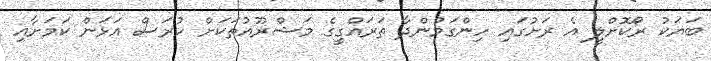
ބަޔަކު ރޯކޮށްލީ އެ ރަށުގައި ހިންގަމުންދާ ތަރައްގީގެ މަޝްރޫއުތަކަށް ހުރަސް އަޅަން ކަމަށާއި